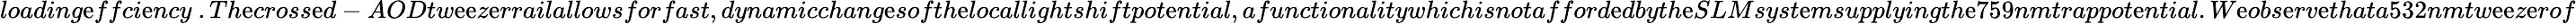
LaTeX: loading\mathrm{e}ffci\mathrm{e}ncy~.Th\mathrm{e}cross\mathrm{e}d-AODtw\mathrm{e}\mathrm{e}z\mathrm{e}rrailallowsforfast,dynamicchang\mathrm{e}softh\mathrm{e}locallightshiftpot\mathrm{e}ntial,afunctionalitywhichisnotafford\mathrm{e}dbyth\mathrm{e}SLMsyst\mathrm{e}msupplyingth\mathrm{e}759nmtrappot\mathrm{e}ntial.W\mathrm{e}obs\mathrm{e}rv\mathrm{e}thata532nmtw\mathrm{e}\mathrm{e}z\mathrm{e}rof